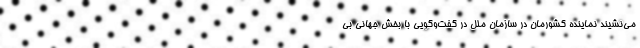
می‌نشیند نماینده کشورمان در سازمان ملل در گفت‌وگویی با بخش جهانی بی